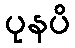
ပုနပိ